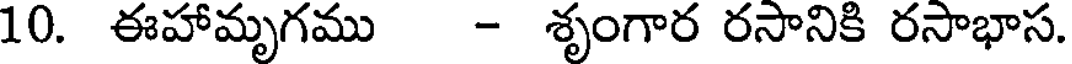
10. ఈహామృగము - శృంగార రసానికి రసాభాస.